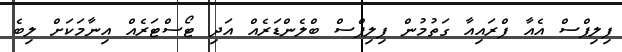
ފިލިޕްސް އެއާ ފްރައިއާ ގަތުމުން ފިލިޕްސް ބްލެންޑަރެއް އަދި ޓޯސްޓަރެއް އިނާމަކަށް ލިބެ